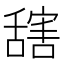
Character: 𦧮